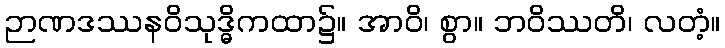
ဉာဏဒဿနဝိသုဒ္ဓိကထာ၌။ အာဝိ၊ စွာ။ ဘဝိဿတိ၊ လတံ့။